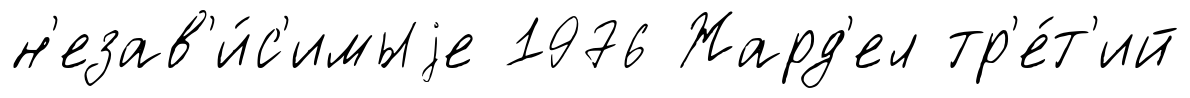
н'езав'и́с'имыjе 1976 Жард'ел тр'е́т'ий